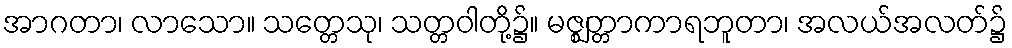
အာဂတာ၊ လာသော။ သတ္တေသု၊ သတ္တဝါတို့၌။ မဇ္ဈတ္တာကာရဘူတာ၊ အလယ်အလတ်၌